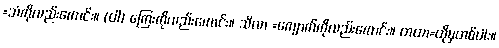
=သံကိုလည်းကောင်း။ (ဝါ) ကြေးကိုလည်းကောင်း။ သိလာ =ကျောက်ကိုလည်းကောင်း။ တထာ=ထိုမှတစ်ပါး။